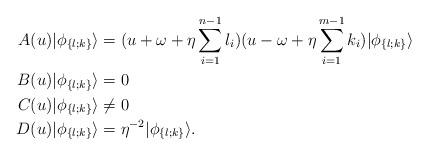
LaTeX: \begin{align*}A(u)|\phi_{\{l;k\}}\rangle &= (u+\omega+\eta\sum_{i=1}^{n-1}l_i)(u-\omega+\eta\sum_{i=1}^{m-1}k_i) |\phi_{\{l;k\}}\rangle\\B(u)|\phi_{\{l;k\}}\rangle &= 0\\C(u)|\phi_{\{l;k\}}\rangle &\neq 0\\D(u)|\phi_{\{l;k\}}\rangle &= \eta^{-2}|\phi_{\{l;k\}}\rangle. \end{align*}